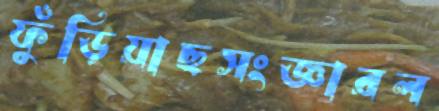
ফুঁড়িয়াছসংজ্ঞারল